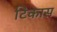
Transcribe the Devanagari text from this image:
टिकास